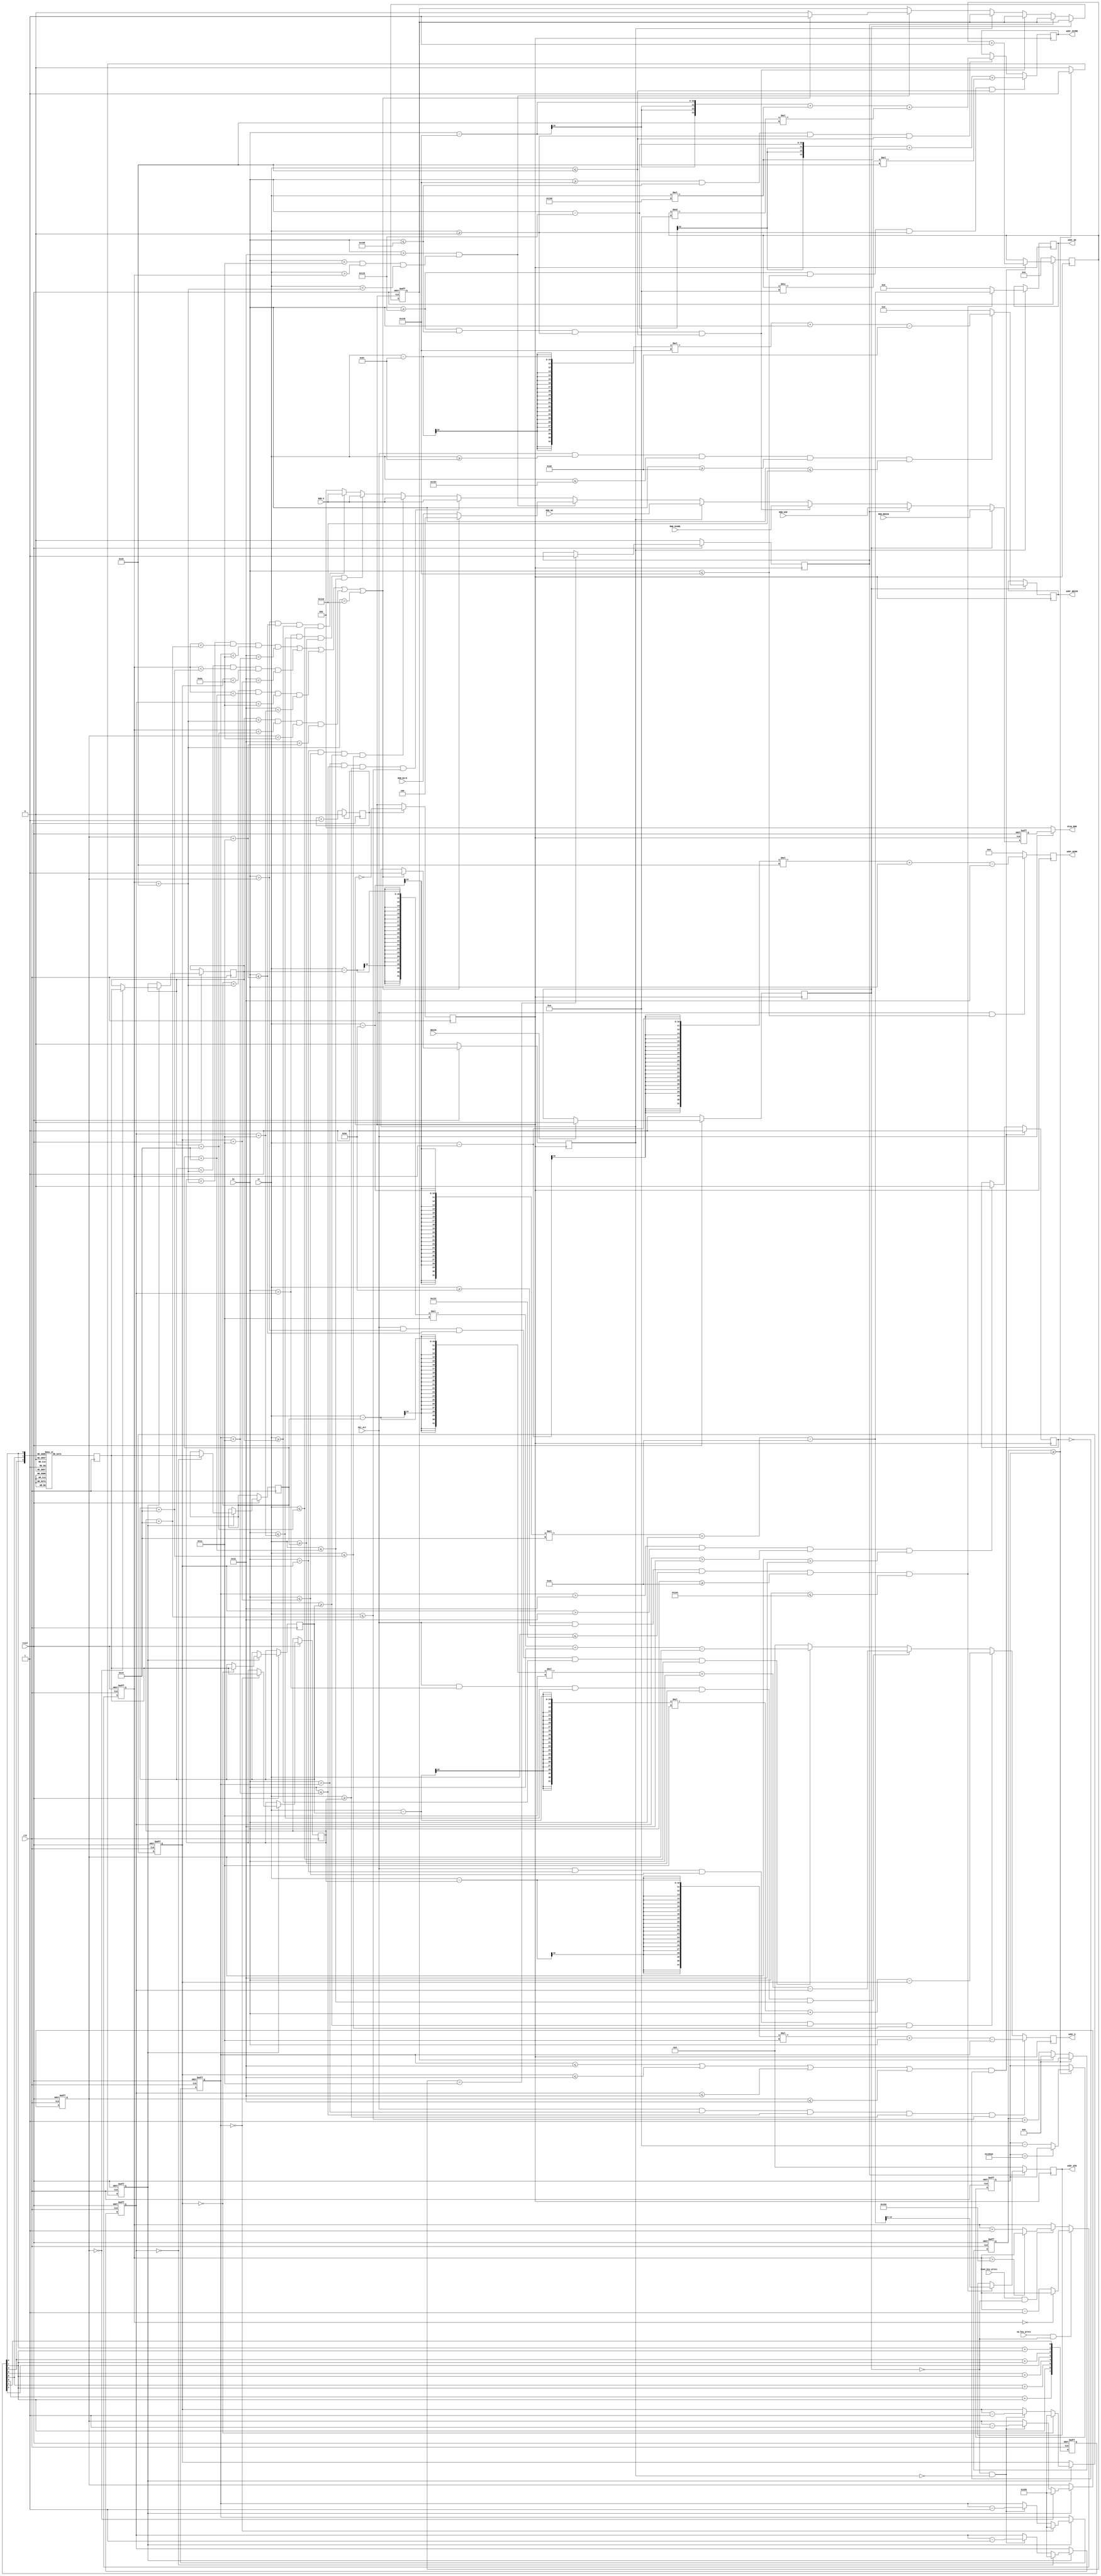
module control( clk,reset, disp_RGB,hc,vc,dat_act,up_key_press,down_key_press,RGB_Bird,addr_BIRD,addr_G,addr_GG,addr_BEGIN,addr_WIN,addr_SCORE,RGB_BEGIN,RGB_G,BEGIN,RGB_GG,RGB_WIN,RGB_SCORE );
            input clk; 
            input reset;
            input dat_act;
            input [9:0]hc,vc;
            input up_key_press;
            input down_key_press;
            input [2:0]RGB_Bird;
            input [2:0]RGB_G;
            input [2:0]RGB_BEGIN;
            input [2:0]RGB_GG;
            input [2:0]RGB_SCORE;
            input [2:0]RGB_WIN;
            input BEGIN;
            
            output [10:0]addr_BIRD;
            output  [12:0]addr_G;
            output  [15:0]addr_BEGIN;
            output  [14:0]addr_GG;
            output  [12:0]addr_WIN;
            output  [13:0]addr_SCORE;

            output [2:0]disp_RGB;
            
            reg [2:0]data;
            reg vga_clk=0;
            reg cnt_clk=0; 
            reg Bg = 1;
            reg GG = 0;
            reg [4:0]score;
            reg win = 0;
            
            reg [10:0]addr_BIRD;
            reg  [12:0]addr_G;
            reg  [15:0]addr_BEGIN;
            reg  [14:0]addr_GG;
            reg  [12:0]addr_WIN;
            reg  [13:0]addr_SCORE;
            
            
            reg  ad;
  
            always @(posedge clk)
            begin
                if(cnt_clk == 1)
                begin
                    vga_clk <= ~vga_clk;
                    cnt_clk <= 0;
                 end
                else
                    cnt_clk <= cnt_clk +1;
            end
            //Сı߳
            parameter border = 40;
            //嵲Ŀ
            parameter ban = 30;
            //嵲ĳ
            parameter long = 200;
            //嵲ļ
            parameter magin = 160;
            //conterĳ

   
            //VGAɨ裬ͷ飬õƶƶpush
            reg [10:0] push,push1,push2,push3;
            reg stop;//ֹͣϷ
            
            //Сƶݴ洢
            parameter move_x = 50; //ĳʼλ
            reg [9:0]move_y;
            
///////               //////////
 reg [7:0] rand_num;
parameter seed = 8'b1111_1111;
always@(posedge clk or negedge reset)
begin
   if(!reset)
       rand_num  <= seed;
   else
       begin
           rand_num[0] <= rand_num[1] ;
           rand_num[1] <= rand_num[2] + rand_num[7];
           rand_num[2] <= rand_num[3] + rand_num[7];
           rand_num[3] <= rand_num[4] ;
           rand_num[4] <= rand_num[5] + rand_num[7];
           rand_num[5] <= rand_num[6] + rand_num[7];
           rand_num[6] <= rand_num[7] ;
           rand_num[7] <= rand_num[0] + rand_num[7];     
       end
end
wire [2:0]choose;
reg [8:0]type;
assign choose = {rand_num[3],rand_num[6],rand_num[2]};
always@(posedge clk )
begin
    case(choose) 
    0:type = 0;
    1:type = 40;
    2:type = 80;
    3:type = 120;
    4:type = 160;
    5:type = 200;
    6:type = 240;
    7:type = 280;
    default: type = 280;
    endcase
end
////////////////////////////////////////////////////////


////  ƶٶȿ   ////
reg move;
reg [32:0]counter;
reg [30:0]T_move;
always@(posedge clk,negedge reset)
begin
    if(!reset)
    begin
        T_move = 30'd10_000_00;
        counter <= 0;
        move <=0;
    end
    else
    begin
        if(counter >= T_move)
        begin
            move = 1;
            if(T_move == 100_000)
                T_move <=T_move;
            else
                T_move = T_move-10;
            counter = 0;
        end
        else 
        begin
            move = 0;
            if(!stop)
                counter= counter + 1;
            else
                counter = 0;
        end
    end
end
reg [8:0]rand,rand1,rand2,rand3;
always@(posedge clk or negedge reset)
begin
    if (!reset)
        begin
           push<=640;  //ʼλ趨
           push1 <= 640+ magin;
           push2 <= 640 + magin + magin;
           push3 <= 640 + magin + magin + magin;
        end
else if (move)
    begin
        if(push == 0)
            begin
                 push <= 640;
                 rand <=type; //һӵλ趨
            end
        else if(!Bg&&!GG)
            begin                        
                push <= push-1'b1;                                     
            end
         if(push1 == 0)
                begin
                     push1 <= 640;
                     rand1 <=type; //ڶӵλ趨
                end
            else if(!Bg&&!GG)
                begin                        
                    push1 <= push1-1'b1;                                     
                end
        if(push2 == 0)
                    begin
                         push2 <= 640;
                         rand2 <=type; //ӵλ趨
                    end
                else if(!Bg&&!GG)
                    begin                        
                        push2<= push2-1'b1;                                     
                    end
        if(push3 == 0)
                        begin
                             push3 <= 640;
                             rand3 <=type; 
                          //Ŀӵλ趨
                        end
                    else if(!Bg&&!GG)
                        begin                        
                            push3 <= push3-1'b1;                                     
                        end        
    end
    else
    begin
        push <= push;
        push1 <= push1;
        push2 <= push2;
        push3 <= push3;
    end
end


wire die1,die2,die3,die4,die5;
//Ϸʧܶ

assign die1=((rand<move_y + border)&&(move_y < rand+long)&&(push < move_x+border) && (move_x < push + ban ));
assign die2=((rand1<move_y + border)&&(move_y < rand1+long)&&(push1 < move_x+border) && (move_x < push1 + ban ));
assign die3=((rand2<move_y + border)&&(move_y < rand2+long)&&(push2 < move_x+border) && (move_x < push2 + ban ));
assign die4=((rand3<move_y + border)&&(move_y < rand3+long)&&(push3 < move_x+border) && (move_x < push3 + ban ));
assign die5=((move_y + border)==480);


wire false;
assign false = die1||die2||die3||die4||die5;

//˶ͼ
always@(posedge vga_clk,negedge reset)
begin

			if(!reset)
				begin 
					data <= 0;
					stop <= 0;
				
					
				end
			else if(Bg)
				begin
				data <= RGB_BEGIN; 
				end
			else if(win)	
				begin
				data <= RGB_WIN; 
				end
			else if(hc>=280&&hc<=360&&vc>=0&&vc<=40)
			begin
				data <= RGB_SCORE;
			end
			
			else if(GG)	
				begin
				data <= RGB_GG; 
				end
			else begin 
				   if (hc>move_x &&(hc<(move_x+border)&&(vc>move_y)&&(vc<move_y+border))) //С
					   begin
						   if(!false)
								begin
									data <= RGB_Bird; //ɫ
									stop <= 0;
								end
						   else
								begin
									data <= 3'b100; //ɫ
									stop <=1;
								end
						end   
				  else
						if ((hc>push) && (hc<=push+ban) && (vc>=rand) && (vc<=rand+long))
							 begin
								 data <= RGB_G;//3'b010;//3'h2;  //һ
							 end      
						else  if ((hc>push1) && (hc<=push1+ban) && (vc>=rand1) && (vc<=rand1+long))
								begin
								   data <= RGB_G;//3'b010;//3'h2;  //ڶ
								end 
					    else  if ((hc>push2) && (hc<=push2+ban) && (vc>=rand2) && (vc<=rand2+long))
									 begin
										data <= RGB_G;//3'b010;//3'h2;  //
									 end 
					    else  if ((hc>push3) && (hc<=push3+ban) && (vc>=rand3) && (vc<=rand3+long))
										  begin
										   data <= RGB_G;//3'b010;//3'h2;  //ĸ
										  end                                                       
						else
											 data <= 0;
				end
			
end


///////       ƶ       ////////////
	always@(posedge clk or negedge reset)
    begin
        if (!reset)
            begin
               move_y <= 240;
            end
    else if (up_key_press&&!Bg)
        begin
            if(move_y == 0)
                begin
                     move_y <= move_y;
                end
            else
                begin                        
                    move_y <= move_y-1'b1;                                          
                end
        end
      else if (down_key_press&&!Bg)
            begin
                if(move_y>440)
                begin
                     move_y <= move_y;
                end
            else
                 begin    
                    move_y <= move_y+1'b1;    
                 end
            end 
end
// ź
            always @ (posedge vga_clk )
			begin
		
			  if(dat_act&& hc<=320)
					  addr_BIRD   <=  (vc - move_y)*40 + hc - move_x;
			  else addr_BIRD <= 0;	
					  
			end    
			
			always @ (posedge vga_clk )
			begin
			  if(dat_act&& (hc>push) && (hc<=push+ban) && (vc>=rand) && (vc<=rand+long))
					  addr_G   <=  (vc - rand)*30 + hc - push;
			  else if(dat_act&& (hc>push1) && (hc<=push1+ban) && (vc>=rand1) && (vc<=rand1+long))
					  addr_G   <=  (vc - rand1)*30 + hc - push1;
			  else if(dat_act&& (hc>push2) && (hc<=push2+ban) && (vc>=rand2) && (vc<=rand2+long))
					  addr_G   <=  (vc - rand2)*30 + hc - push2;
			  else if(dat_act&& (hc>push3) && (hc<=push3+ban) && (vc>=rand3) && (vc<=rand3+long))
					  addr_G   <=  (vc - rand3)*30 + hc - push3;
			  else addr_G <= 0;			  
			end    
			
			always @ (posedge vga_clk )
			begin
			  if(GG)
			  begin
					if(dat_act&&vc>=190&&vc<=290&&hc>=220&&hc<=420)
						  addr_GG   <=  (vc-190)*200 + hc-220;
				  else addr_GG <= 0;
			  end			  
			end  
			
			always @ (posedge vga_clk )
			begin
			  if(Bg)
			  begin
				  if(dat_act&&vc>=140&&vc<=340&&hc>=160&&hc<=480)
						  addr_BEGIN   <=  (vc-140)*320 + hc-160;
				  else addr_BEGIN <= 0;
			  end			  
			end
			
			always @ (posedge vga_clk )
			begin
			  if((push <= move_x||push1 <= move_x||push2 <= move_x||push3 <= move_x)&&!ad)
			      begin
				  score <= score + 1'b1;
				  ad <= 1;
				  end
			 else if(push > move_x&&push1 > move_x&&push2 > move_x&&push3 > move_x) 
			     ad <= 0;
			 if(score == 30) 
				  begin 
					win <= 1;
                    
				  end
			 	
			  if(!reset)
			  begin
					win <= 0;
					score <= 0;
			  end
			end
			
			
			
			always @ (posedge vga_clk )
			begin
				if(win)
				begin
					if(dat_act&&vc>=190&&vc<=290&&hc>=220&&hc<=420)
						  addr_WIN   <=  (vc-190)*200 + hc-220;
				end
				else addr_WIN <= 0;
			end
			
			always @ (posedge vga_clk )
			begin
			  if(BEGIN)
			  begin
				Bg <= 0;
			  end  
			  if(!reset)
			  begin
				Bg <= 1;
			  end
			end 
			
			always @ (posedge vga_clk )
			begin
			  if(false)
			  begin
				GG <= 1;
			  end  
			  if(!reset)
			  begin
				GG <= 0;
			  end
			end 
			

	
			
			always @ (posedge vga_clk )
			begin
			  if(hc>=280&&hc<=320&&vc>=0&&vc<=40)
			  begin
				addr_SCORE <= hc-280+vc*400+score/10*40; //!Bg&&act&&hc>=120+score/10*40&&hc<=120+(score/10+1)*40
			  end  
			  else if(hc>=320&&hc<=360&&vc>=0&&vc<=40)
			  begin
				addr_SCORE <= hc-320+vc*400+score%10*40; //!Bg&&act&&hc>=120+score/10*40&&hc<=120+(score/10+1)*40
			  end 
			end 

assign disp_RGB = (dat_act) ? data : 3'h00;



endmodule